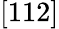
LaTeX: [112]